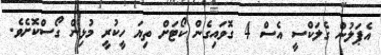
އެޕަލުން ގެލަކްސީ އެސް 4 ގޮވައިގެން ކޯޓަށް ތިޔަ ހީކުރީ މުޅިން ގޯސްކޮށެވެ.